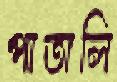
পাতালি